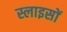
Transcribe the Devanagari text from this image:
स्लाइसों